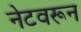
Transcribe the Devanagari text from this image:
नेटवरून